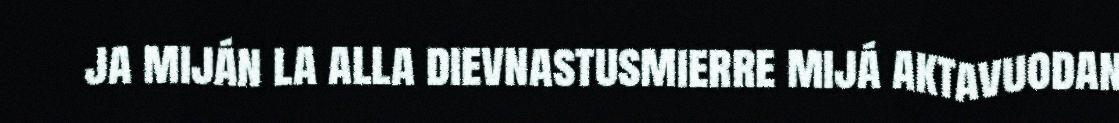
ja miján la alla dievnastusmierre mijá aktavuodan